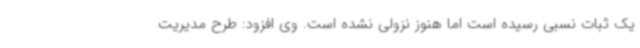
یک ثبات نسبی رسیده است اما هنوز نزولی نشده است. وی افزود: طرح مدیریت